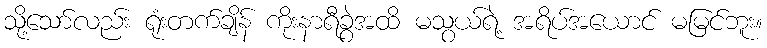
သို့သော်လည်း ရုံးတက်ချိန် ကိုးနာရီခွဲအထိ မသွယ်ရဲ့ အရိပ်အယောင် မမြင်ဘူး။